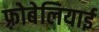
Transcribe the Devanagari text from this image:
फ़्रोबेलियाई